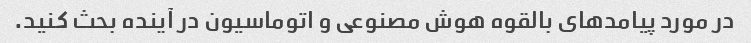
در مورد پیامدهای بالقوه هوش مصنوعی و اتوماسیون در آینده بحث کنید.